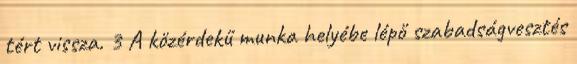
tért vissza. 3 A közérdekű munka helyébe lépő szabadságvesztés